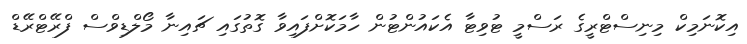
އިކޮނަމިކް މިނިސްޓްރީގެ ރަސްމީ ޓުވިޓާ އެކައުންޓުން ހާމަކޮށްފައިވާ ގޮތުގައި ޗައިނާ މޯލްޑިވްސް ފްރޭޓްރޭޑް